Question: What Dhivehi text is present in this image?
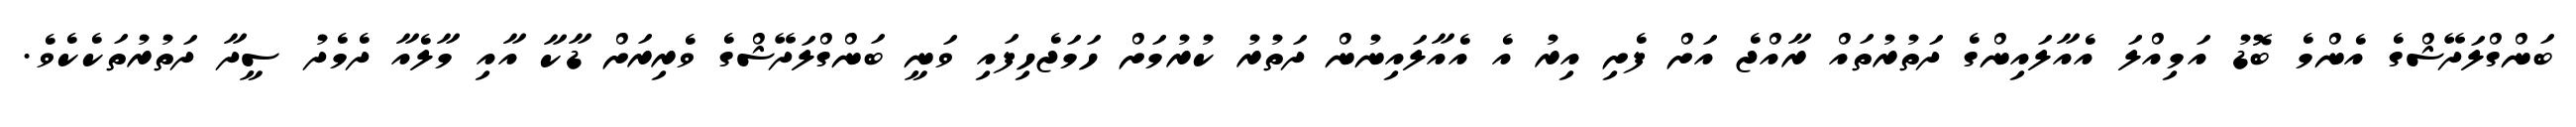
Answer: ބަންގްލަދޭޝްގެ އެންމެ ބޮޑު އަމިއްލަ އެއާލައިންގެ ދަތުރުތައް ރާއްޖެ އަށް ފެށި އިރު އެ އެއާލައިނުން ދަތުރު ކުރުމަށް ހަމަޖެހިފައި ވަނީ ބަންގްލަދޭޝްގެ ވެރިރަށް ޑާކާ އާއި މާލެއާ ދެމެދު ސީދާ ދަތުރުތަކެކެވެ.